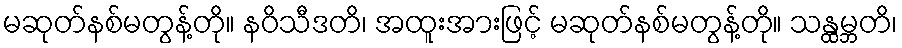
မဆုတ်နစ်မတွန့်တို။ နဝိသီဒတိ၊ အထူးအားဖြင့် မဆုတ်နစ်မတွန့်တို။ သန္ထမ္ဘတိ၊